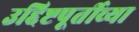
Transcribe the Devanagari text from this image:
उद्दिष्टपूर्तीच्या